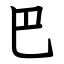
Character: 巴